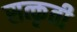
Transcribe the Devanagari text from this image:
सत्कृती